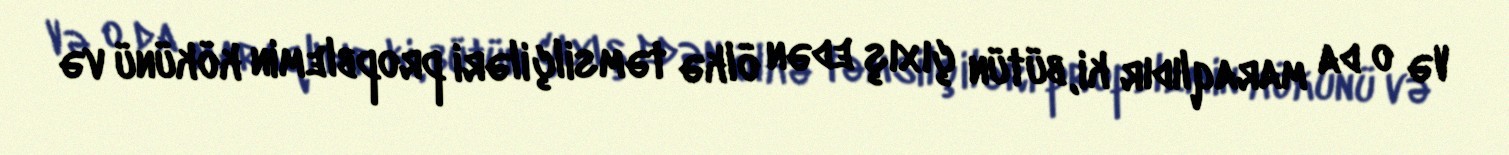
Və o da maraqlıdır ki, bütün çıxış edən ölkə təmsilçiləri propblemin kökünü və